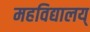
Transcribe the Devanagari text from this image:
महविद्यालय्